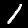
Digit: 1